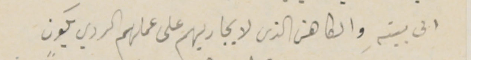
الى بيتهِ والكاهن الذى لا يجاريهم على عملهم الردي يكون